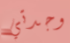
وجدتي